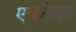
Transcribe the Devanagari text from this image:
एबनेयर